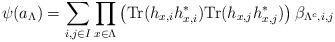
LaTeX: \begin{align*}\psi(a_{\Lambda}) = \sum_{i,j\in I}\prod_{x\in\Lambda} \left(\hbox{Tr}(h_{x,i}h^{*}_{x,i}) \hbox{Tr}(h_{x,j}h^{*}_{x,j})\right) \beta_{\Lambda^c, i,j}\end{align*}